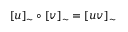
[ u ] _ { \sim } \circ [ v ] _ { \sim } = [ u v ] _ { \sim }